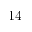
1 4